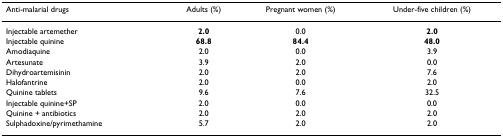
| Anti-malarial drugs | Adults (%) | Pregnant women (%) | Under-five children (%) |
 | --- | --- | --- | --- |
 | Injectable artemether | 2.0 | 0.0 | 2.0 |
 | Injectable quinine | 68.8 | 84.4 | 48.0 |
 | Amodiaquine | 2.0 | 0.0 | 3.9 |
 | Artesunate | 3.9 | 2.0 | 0.0 |
 | Dihydroartemisinin | 2.0 | 2.0 | 7.6 |
 | Halofantrine | 2.0 | 0.0 | 2.0 |
 | Quinine tablets | 9.6 | 7.6 | 32.5 |
 | Injectable quinine+SP | 2.0 | 0.0 | 0.0 |
 | Quinine + antibiotics | 2.0 | 2.0 | 2.0 |
 | Sulphadoxine/pyrimethamine | 5.7 | 2.0 | 2.0 |